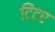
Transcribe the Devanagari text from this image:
टिटर